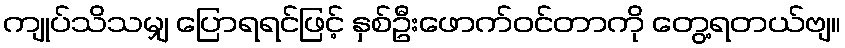
ကျုပ်သိသမျှ ပြောရရင်ဖြင့် နှစ်ဦးဖောက်ဝင်တာကို တွေ့ရတယ်ဗျ။